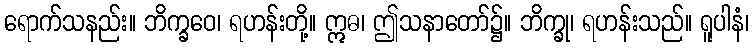
ရောက်သနည်း။ ဘိက္ခဝေ၊ ရဟန်းတို့။ ဣဓ၊ ဤသနာတော်၌။ ဘိက္ခု၊ ရဟန်းသည်။ ရူပါနံ၊